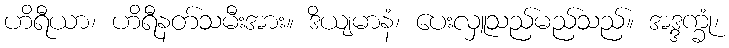
ဟိရီယာ၊ ဟိရီနတ်သမီးအား။ ဒိယျမာနံ၊ ပေးလှူသည်မည်သည်။ အဒ္ဒက္ခုံ၊